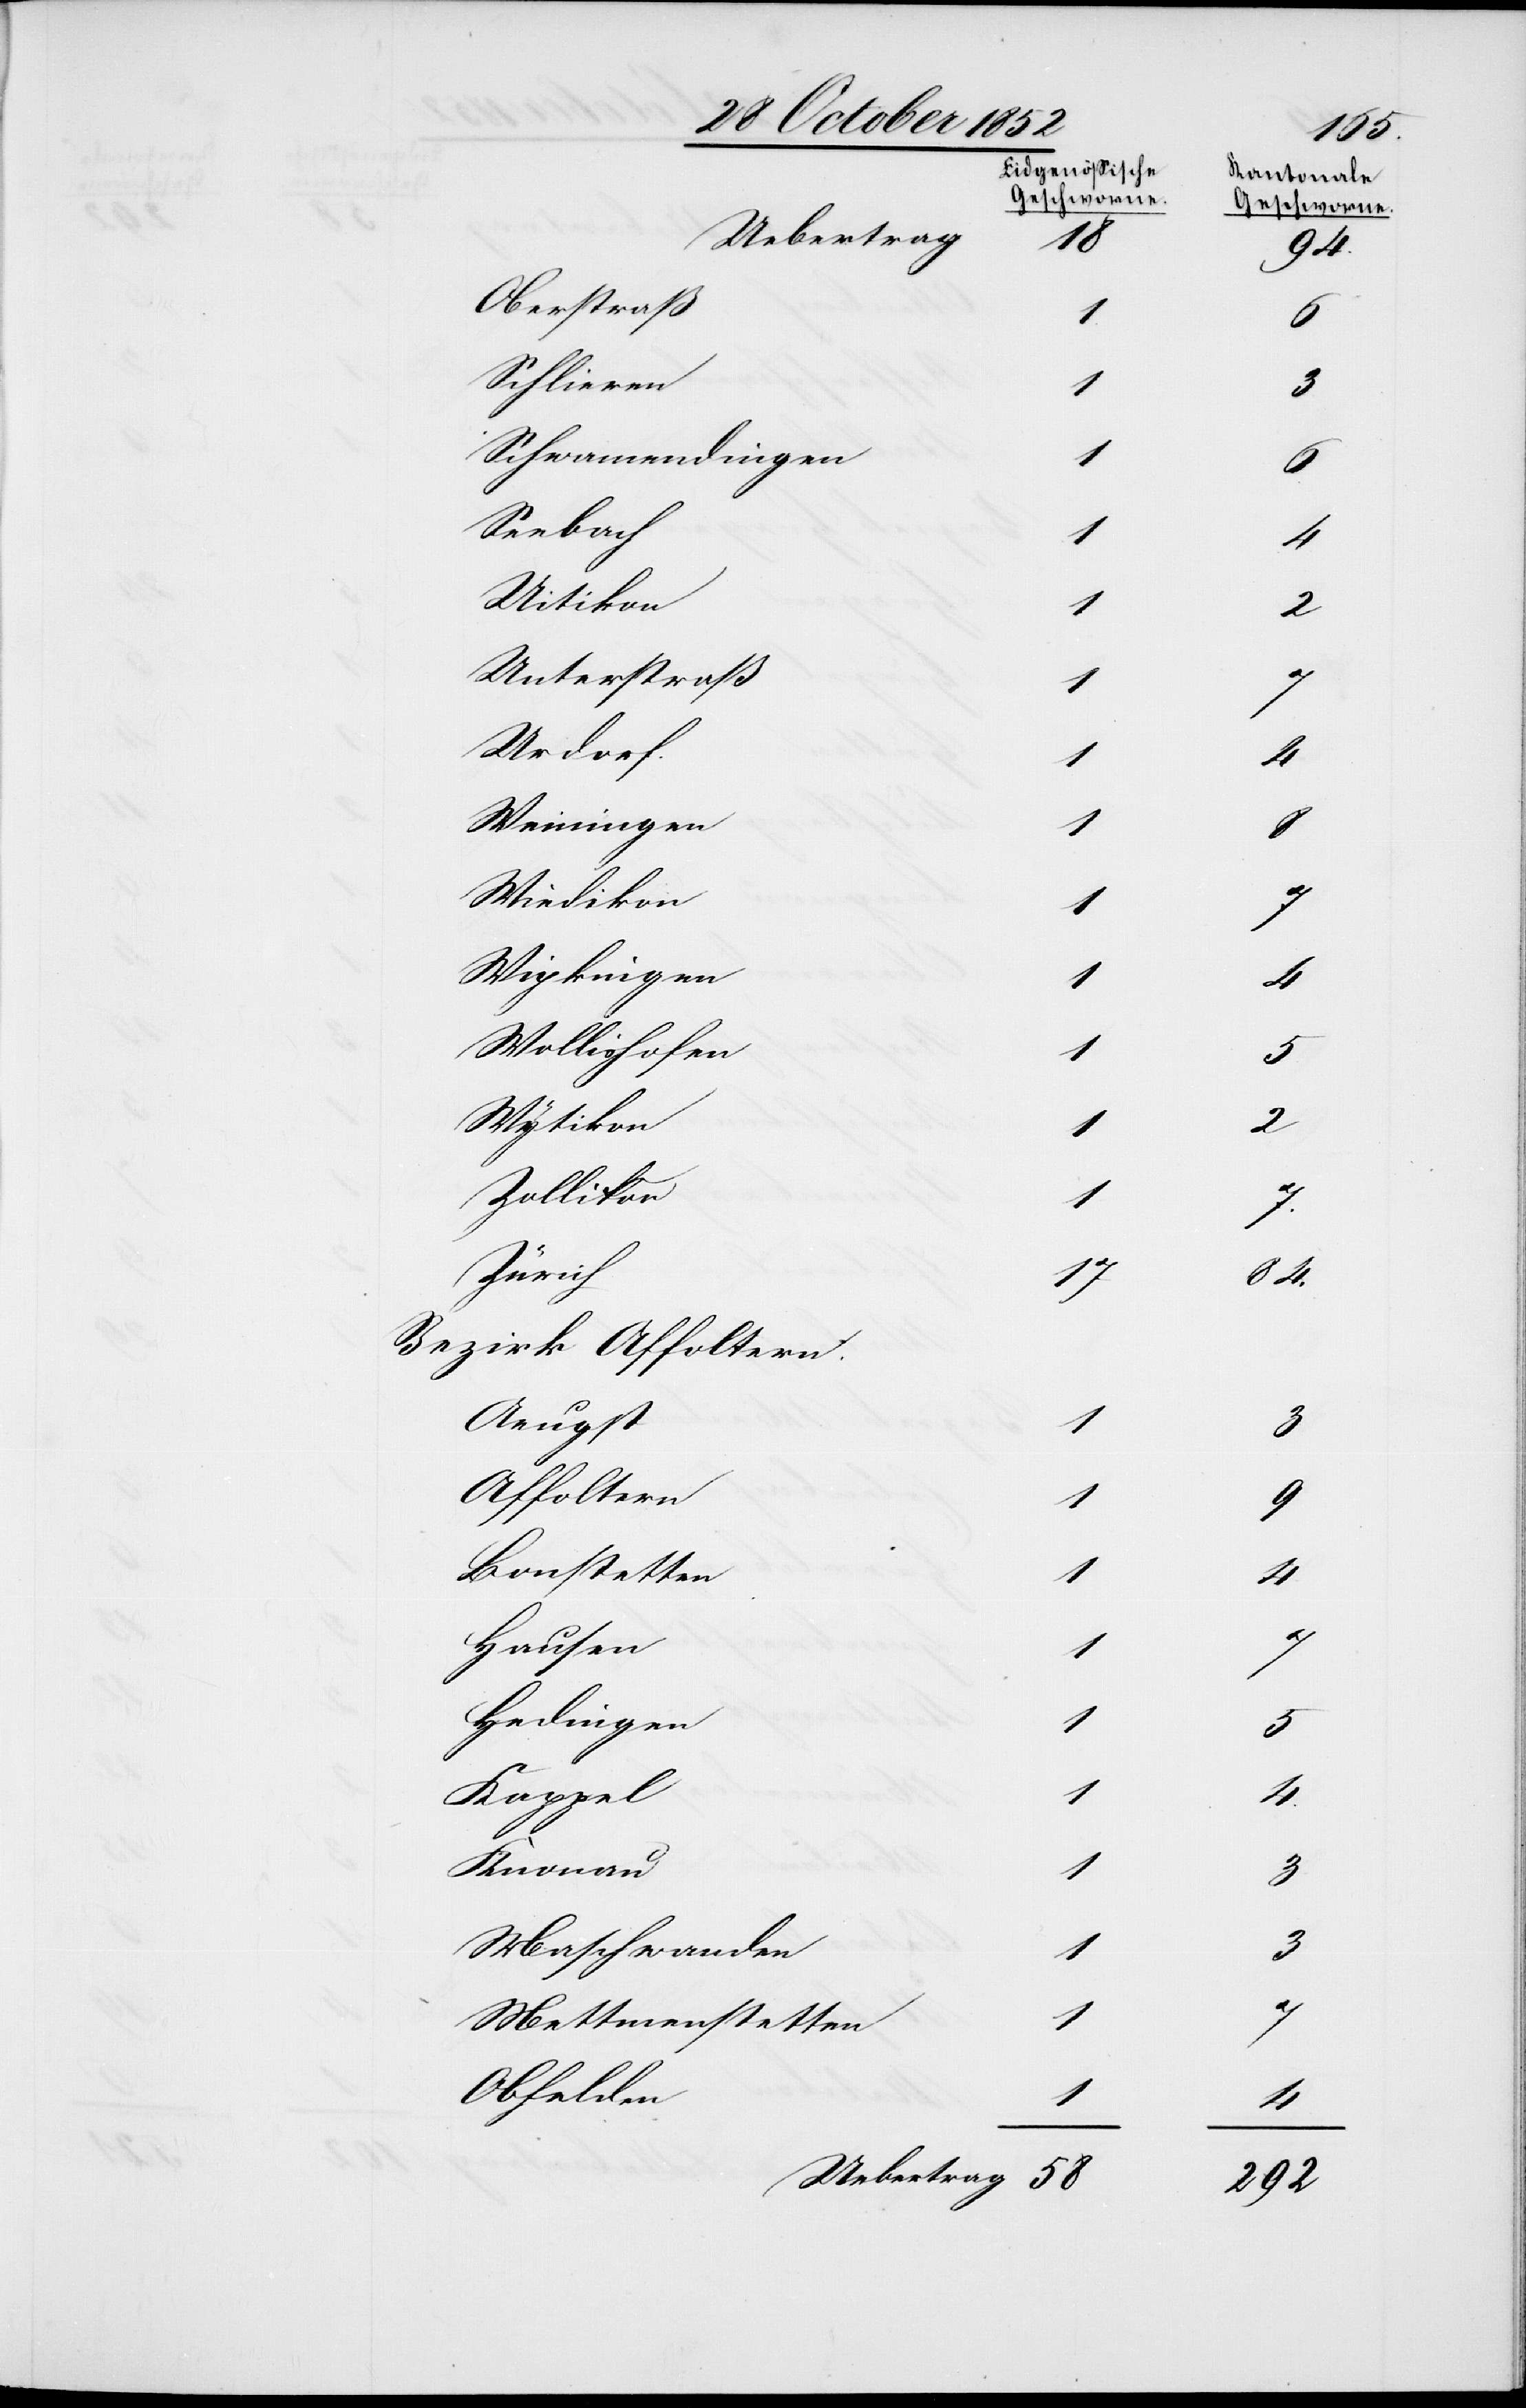
[Eidgenössische
Geschworne.]
Uebertrag
58
Oberstraß
1
Schlieren
Schwamendingen
Seebach
4
Uitikon
2
Unterstraß
1
Urdorf.
4
Weiningen
1
Wiedikon
1
Wipkingen
4
Wollishofen
1
Wytikon
2
Zollikon
7.
Zürich
84.
Bezirk Affoltern.
Aeugst
3
Affoltern
1
Bonstetten
4
Hausen
Hedingen
5
Kappel
4.
Knonau
3
Maschwanden
1
3
Mettmenstetten
Obfelden

[Kantonale
Geschworne.]
4
292